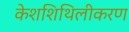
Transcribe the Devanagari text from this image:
केशशिथिलीकरण